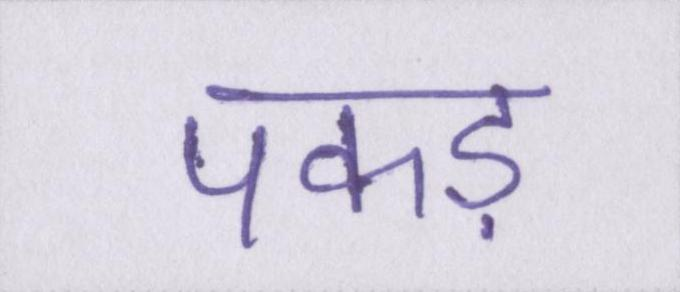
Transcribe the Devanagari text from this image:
पकड़